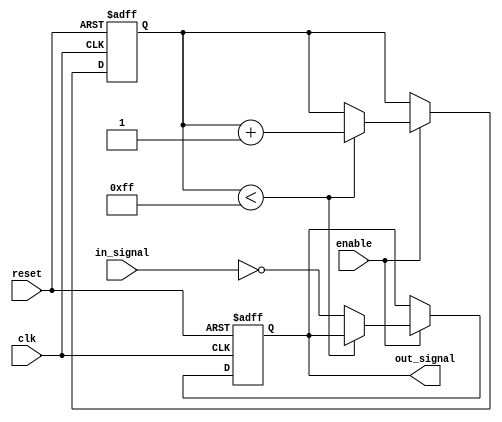
module nand_delay(
    input wire clk,
    input wire reset,
    input wire enable,
    input wire in_signal,
    output reg out_signal
);

reg [7:0] delay_counter;

always @(posedge clk or posedge reset) begin
    if (reset) begin
        delay_counter <= 8'b00000000; // Set initial delay counter value
        out_signal <= 1'b0; // Initialize output signal
    end else begin
        if (enable) begin
            if (delay_counter < 8'b11111111) begin
                delay_counter <= delay_counter + 1; // Increment delay counter
            end else begin
                out_signal <= ~in_signal; // Pass input signal through NAND gate after specified delay
            end
        end
    end
end

endmodule